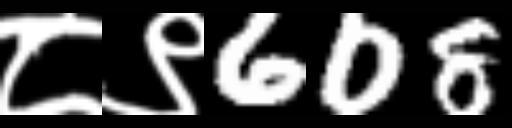
Text: ८९608